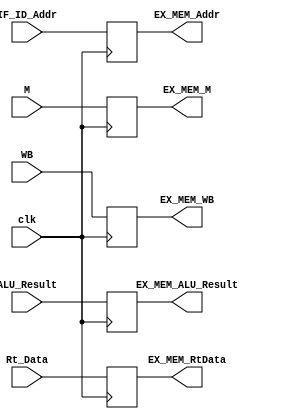
module EX_MEM_Pipeline(
    //output
    output reg[31:0] EX_MEM_ALU_Result,
    output reg[31:0] EX_MEM_RtData,
    output reg[4:0] EX_MEM_Addr,
    output reg [1:0] EX_MEM_M,
    output reg [1:0]EX_MEM_WB,
    //input
    input [31:0] ALU_Result,
    input [31:0] Rt_Data,
    input [4:0] IF_ID_Addr,
    input [1:0] M,
    input [1:0]WB,
    input clk
);
always@(posedge clk)begin
    EX_MEM_ALU_Result <= ALU_Result;
    EX_MEM_Addr <= IF_ID_Addr;
    EX_MEM_RtData <= Rt_Data;
    EX_MEM_WB <= WB;
    EX_MEM_M <= M;
end
endmodule